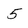
Character: 5